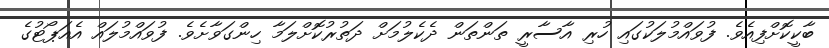
ބާކީކޮށްފިއެވެ. ފުވައްމުލަކުގައި ހުރި އާސާރީ ތަންތަން ދެކެލުމަށް ދަތުރުކޮށްލަމާ ހިންގަވާށެވެ. ފުވައްމުލައް އެއަޕޯޓުގެ